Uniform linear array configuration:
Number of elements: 24
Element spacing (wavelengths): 0.75
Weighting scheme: hann
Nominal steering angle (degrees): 30
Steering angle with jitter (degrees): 28.884
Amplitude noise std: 0.05
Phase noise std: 0.05

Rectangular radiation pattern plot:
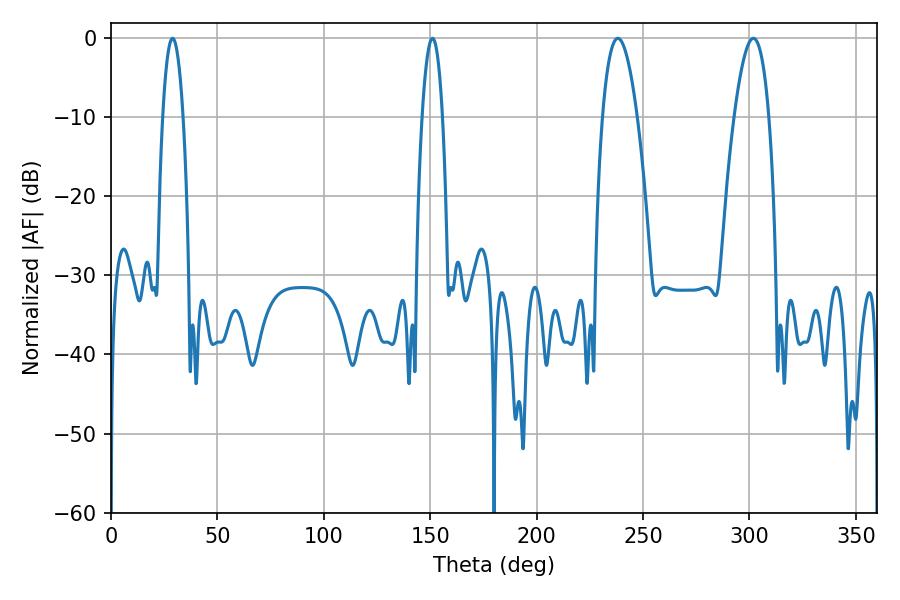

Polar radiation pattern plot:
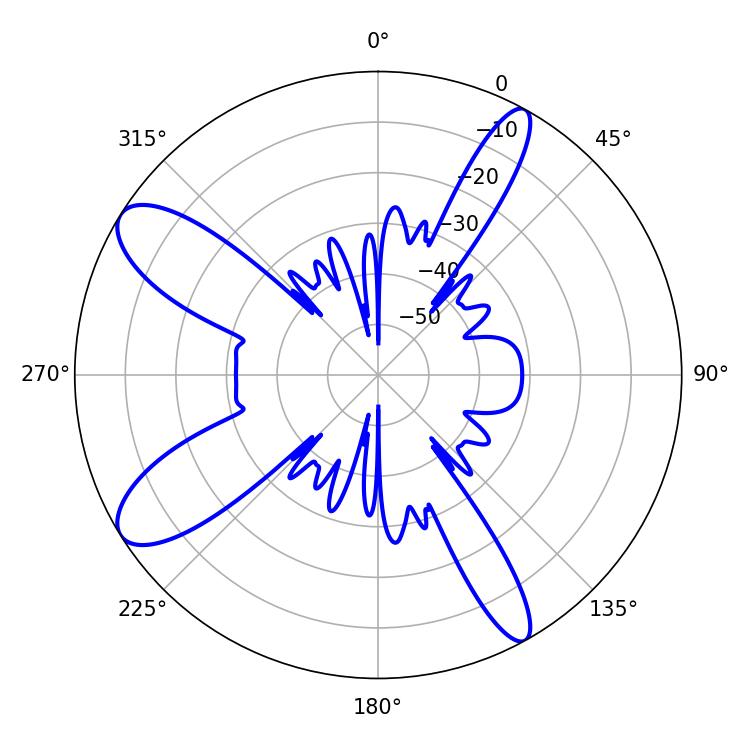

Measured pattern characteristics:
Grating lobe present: TRUE
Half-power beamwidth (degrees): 9
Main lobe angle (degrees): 238.14